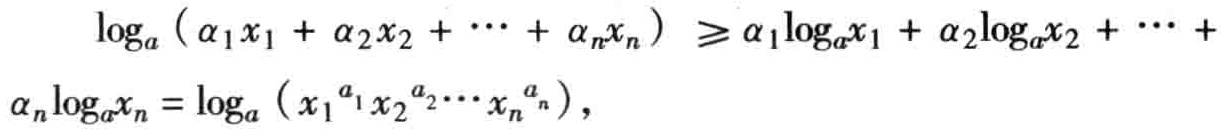
\[\log_a(\alpha_1x_1 + \alpha_2x_2 + \cdots + \alpha_nx_n)\geq\alpha_1\log_ax_1 + \alpha_2\log_ax_2 + \cdots + \alpha_n\log_ax_n=\log_a(x_1^{\alpha_1}x_2^{\alpha_2}\cdots x_n^{\alpha_n}),\]